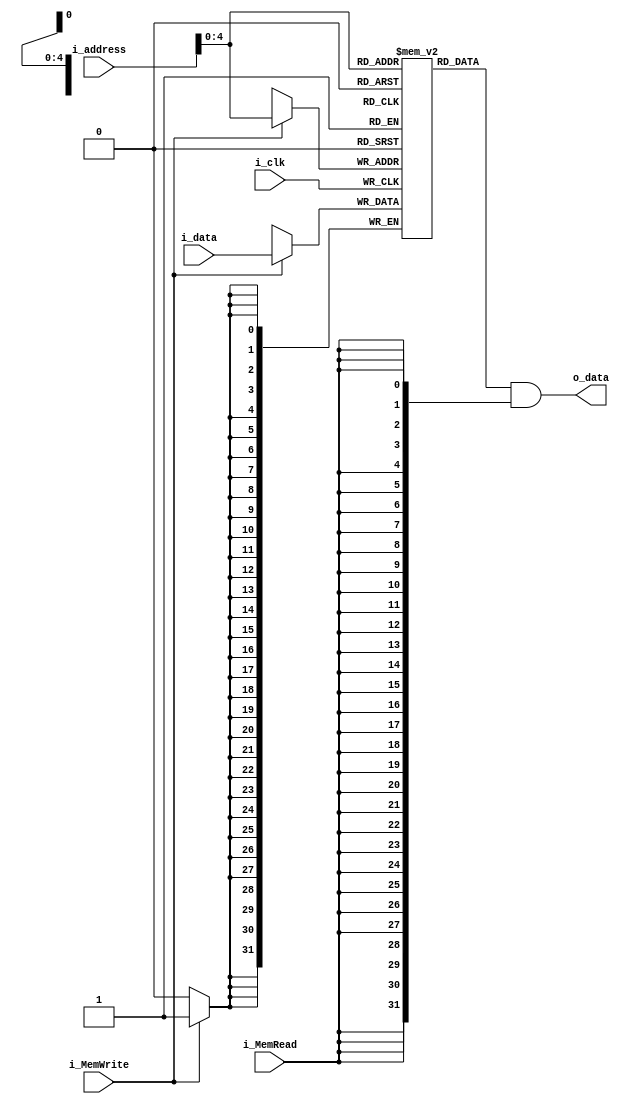
//Data Memory
`timescale 1ns/1ps

module Pipeline_Data_mem(	i_clk,
					i_MemWrite,
					i_MemRead,
					i_address,
					i_data,
					o_data
					);
input i_clk;
input i_MemWrite;
input i_MemRead;
input [31:0]	i_address;
input [31:0]	i_data;

output [31:0]	o_data;

integer i;
reg [31:0] ram [0:31];
reg [31:0] adr_reg;

always @(posedge i_clk) begin
	if(i_MemWrite)
		ram[i_address] <= i_data;
end

assign o_data = ram[i_address] & {32{i_MemRead}};

endmodule